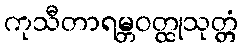
ကုသီတာရမ္ဘဝတ္ထုသုတ္တံ